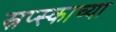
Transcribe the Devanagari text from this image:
स्रप्स्काच्या